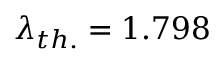
\lambda _ { t h . } = 1 . 7 9 8